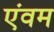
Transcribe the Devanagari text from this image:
एंवम